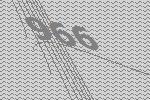
966